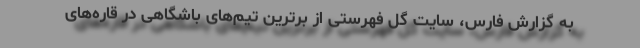
به گزارش فارس، سایت گل فهرستی از برترین تیم‌های باشگاهی در قاره‌های